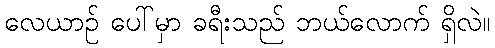
လေယာဉ် ပေါ်မှာ ခရီးသည် ဘယ်လောက် ရှိလဲ။